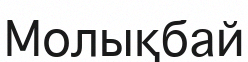
Молықбай